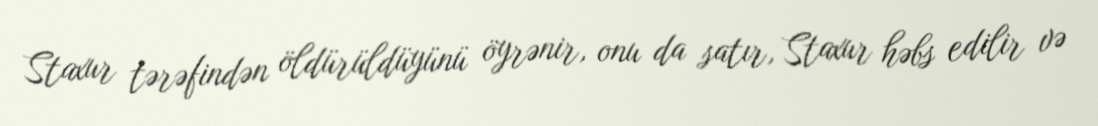
Staxur tərəfindən öldürüldüyünü öyrənir, onu da satır, Staxur həbs edilir və